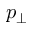
p _ { \perp }